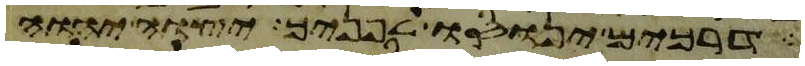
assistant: דרכים ינוסו לפניך יצוה יהוה